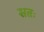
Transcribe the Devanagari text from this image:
सतः